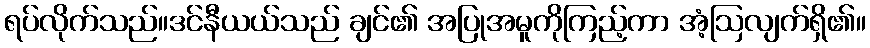
ရပ်လိုက်သည်။ဒင်နီယယ်သည် ချင်၏ အပြုအမူကိုကြည့်ကာ အံ့ဩလျက်ရှိ၏။